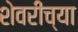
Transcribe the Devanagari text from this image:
शेवरीच्या